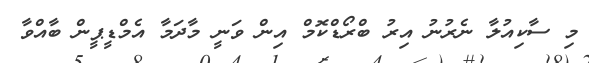
މި ސާކިއުލާ ނެރުނު އިރު ބްރޯޑްކޮމް އިން ވަނީ މާދަމާ އެމްޑީޕީން ބާއްވާ